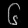
Digit: ၆